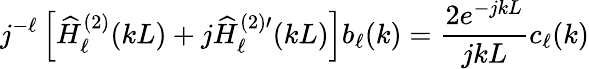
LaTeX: j^{-\ell}\left[\widehat{H}_{\ell}^{(2)}(kL)+j\widehat{H}_{\ell}^{(2)\prime}(kL)\right]b_{\ell}(k)=\frac{2e^{-jkL}}{jkL}c_{\ell}(k)